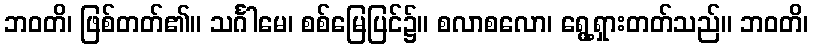
ဘဝတိ၊ ဖြစ်တတ်၏။ သင်္ဂါမေ၊ စစ်မြေပြင်၌။ စလာစလော၊ ရွေ့ရှားတတ်သည်။ ဘဝတိ၊